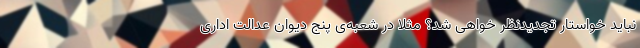
نباید خواستار تجدیدنظر خواهی شد؟ مثلا در شعبه‌ی پنج دیوان عدالت اداری